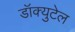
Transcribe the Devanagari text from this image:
डॉक्युटेल